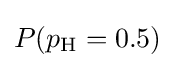
{\textstyle P(p_{\text{H}}=0.5)}